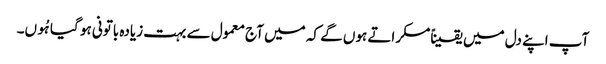
آپ اپنے دل میں یقیناًمسکراتے ہوں گے کہ میں آج معمول سے بہت زیادہ باتونی ہو گیا ہُوں۔